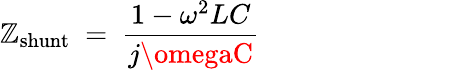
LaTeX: \mathbb{Z}_{\mathrm{{shunt}}}~=~{\frac{{1-\omega^{2}LC}}{{j\omegaC}}}~~~~~~~~~~~~~~~~~~~~~~~~~~~~